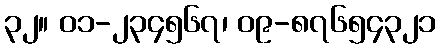
၃၂။ ၀၁-၂၃၄၅၆၇၊ ၀၉-၈၇၆၅၄၃၂၁